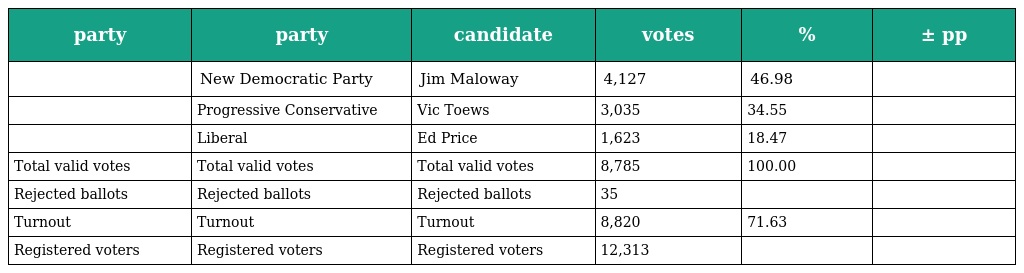
| party | party | candidate | votes | % | ± pp |
 | --- | --- | --- | --- | --- | --- |
 |  | New Democratic Party | Jim Maloway | 4,127 | 46.98 |  |
 |  | Progressive Conservative | Vic Toews | 3,035 | 34.55 |  |
 |  | Liberal | Ed Price | 1,623 | 18.47 |  |
 | Total valid votes | Total valid votes | Total valid votes | 8,785 | 100.00 |  |
 | Rejected ballots | Rejected ballots | Rejected ballots | 35 |  |  |
 | Turnout | Turnout | Turnout | 8,820 | 71.63 |  |
 | Registered voters | Registered voters | Registered voters | 12,313 |  |  |